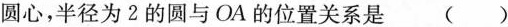
圆心，半径为2的圆与OA的位置关系是()